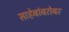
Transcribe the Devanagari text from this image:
साहेबांबरोबर